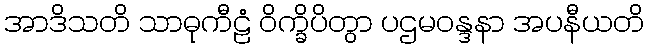
အာဒိသတိ သာဓုကီဠံ ဝိက္ခိပိတွာ ပဌမဝန္ဒနာ အပနီယတိ